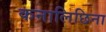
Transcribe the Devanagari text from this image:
कनालिछिना